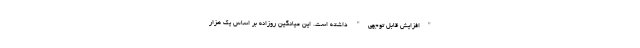
"افزایش قابل توجهی" داشته است. این میانگین روزانه بر اساس یک هزار